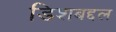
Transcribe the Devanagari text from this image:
डिशबद्दल